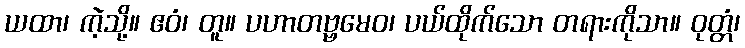
ယထာ၊ ကဲ့သို့။ ဧဝံ၊ တူ။ ပဟာတဗ္ဗမေဝ၊ ပယ်ထိုက်သော တရားကိုသာ။ ဝုတ္တံ၊